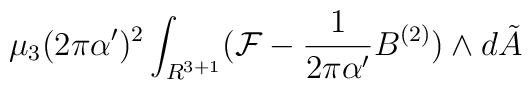
\mu_3 (2\pi\alpha^\prime)^2\int_{R^{3+1}}({\cal F}-\frac{1}{2\pi\alpha^\prime}B^{(2)})\wedge d{\tilde A}